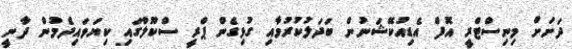
ދަށަށް މިނިސްޓްރީ އޮފް އެޑިއުކޭޝަނުން ބަދަލުކުރުމާއި ގުޅިގެން ޕްރީ ސްކޫލްގައި ކިޔަވައިދެމުން ދާނީ